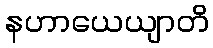
နဟာယေယျာတိ